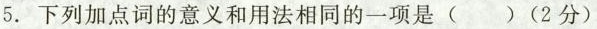
5.下列加点词的意义和用法相同的一项是() (2分)